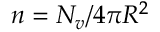
n = N _ { v } / 4 \pi R ^ { 2 }